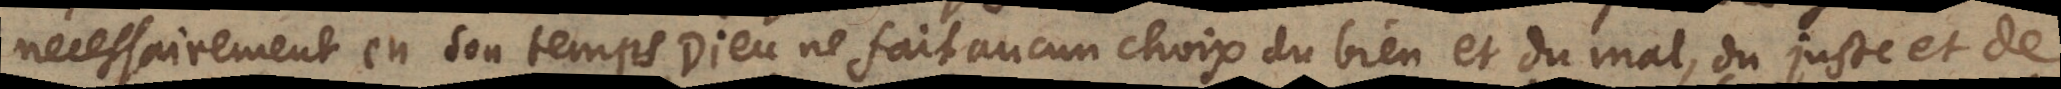
necessairement en son temps, Dieu ne fait aucun choix du bien et du mal, du juste et de